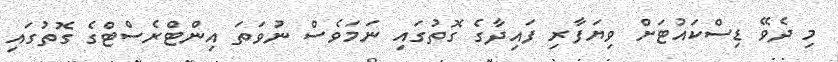
މި ދެވޭ ޑިސްކައުޓަށް ވިޔަފާރި ފައިދާގެ ގޮތުގައި ނަމަވެސް ނުވަތަ އިންޓްރެސްޓްގެ ގޮތުގައި